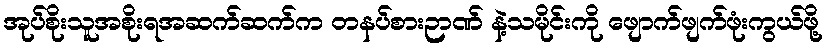
အုပ်စိုးသူအစိုးရအဆက်ဆက်က တနပ်စားဉာဏ် နဲ့သမိုင်းကို ဖျောက်ဖျက်ဖုံးကွယ်ဖို့